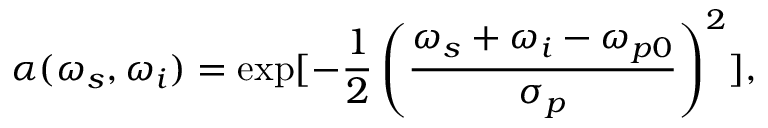
\alpha ( \omega _ { s } , \omega _ { i } ) = \exp [ - \frac { 1 } { 2 } \left( \frac { \omega _ { s } + \omega _ { i } - \omega _ { p 0 } } { \sigma _ { p } } \right) ^ { 2 } ] ,